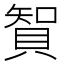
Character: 䝷